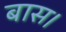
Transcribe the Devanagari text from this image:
बास।